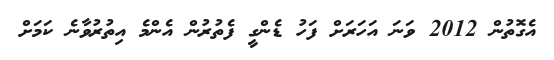
އެގޮތުން 2012 ވަނަ އަހަރަށް ފަހު ޑެންގީ ފެތުރުން އެންމެ އިތުރުވާނެ ކަމަށް